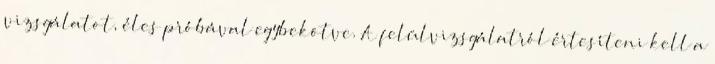
vizsgálatot, éles próbával egybekötve. A felülvizsgálatról értesíteni kell a